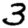
Digit: 3